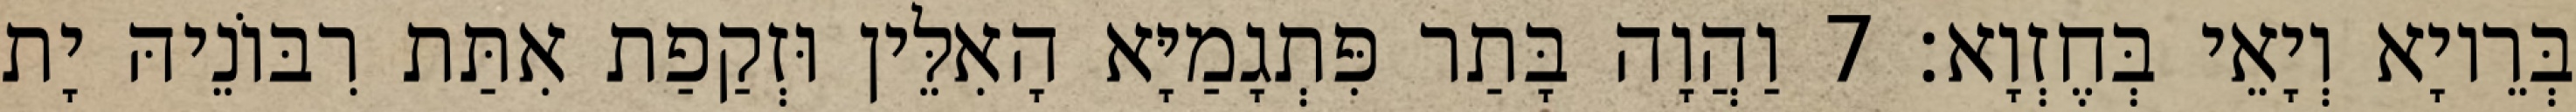
בְּרֵיוָא וְיָאֵי בְּחֶזְוָא׃ 7 וַהֲוָה בָּתַר פִּתְגָמַיָּא הָאִלֵּין וּזְקַפַת אִתַּת רִבּוֹנֵיהּ יָת